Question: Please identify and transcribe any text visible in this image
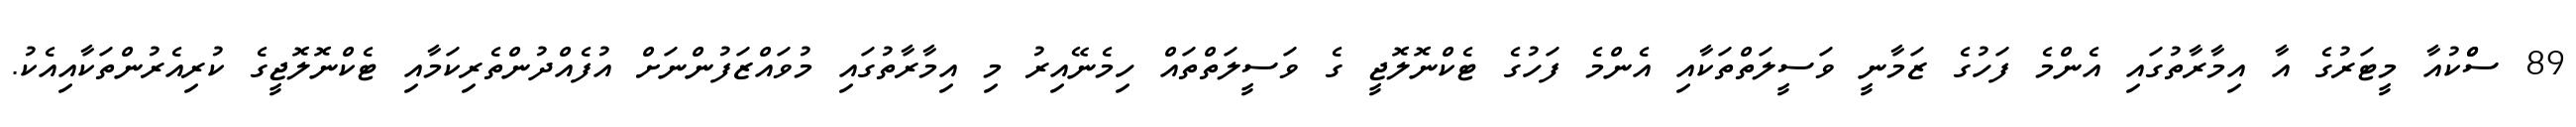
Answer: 89 ސްްކުއާ މީޓަރުގެ އާ އިމާރާތުގައި އެންމެ ފަހުގެ ޒަމާނީ ވަސީލަތްތަކާއި އެންމެ ފަހުގެ ޓެކްނޮލޮޖީ ގެ ވަސީލަތްތައް ހިމެނޭއިރު މި އިމާރާތުގައި މުވައްޒަފުންނަށް އުފެއްދުންތެރިކަމާއި ޓެކްނޮލޮޖީގެ ކުރިއެރުންތަކާއިއެކު.